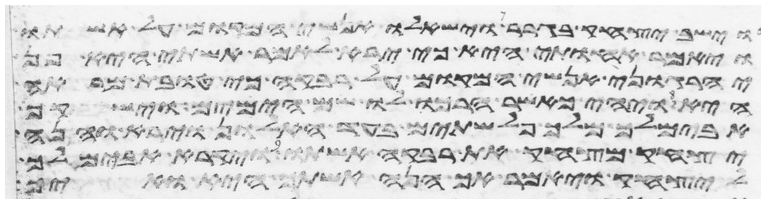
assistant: וישב יצחק בגרר וישאלו אנשי המקום על אשתו
ויאמר אחותי היא כי ירא לאמר אשתי היא פן
יהרגוני אנשי המקום על רבקה כי טובת מראה
היא ויהי כאשר הרכו לו שם הימים וישקף
אבימלך מלך פלשתים בעד החלון וירא והנה
יצחק מצחק את רבקה אשתו ויקרא אבימלך
ליצחק ויאמר אך הנה אשתך היא ואיך